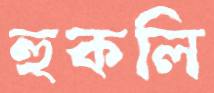
হুকলি